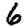
Digit: 6